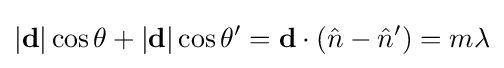
|\mathbf {d} |\cos {\theta }+|\mathbf {d} |\cos {\theta ^{\prime }}=\mathbf {d} \cdot \left({\hat {n}}-{\hat {n}}^{\prime }\right)=m\lambda